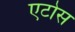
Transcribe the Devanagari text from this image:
एटोस